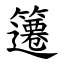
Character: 䉦